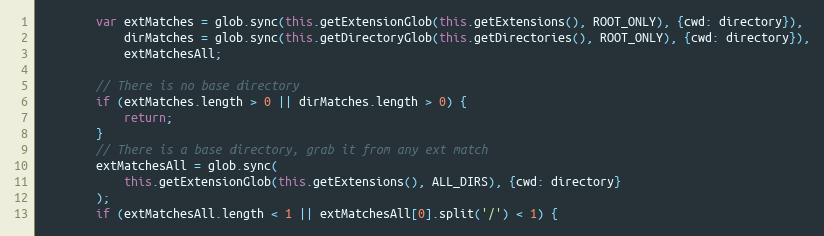
Language: JavaScript
        var extMatches = glob.sync(this.getExtensionGlob(this.getExtensions(), ROOT_ONLY), {cwd: directory}),
            dirMatches = glob.sync(this.getDirectoryGlob(this.getDirectories(), ROOT_ONLY), {cwd: directory}),
            extMatchesAll;

        // There is no base directory
        if (extMatches.length > 0 || dirMatches.length > 0) {
            return;
        }
        // There is a base directory, grab it from any ext match
        extMatchesAll = glob.sync(
            this.getExtensionGlob(this.getExtensions(), ALL_DIRS), {cwd: directory}
        );
        if (extMatchesAll.length < 1 || extMatchesAll[0].split('/') < 1) {